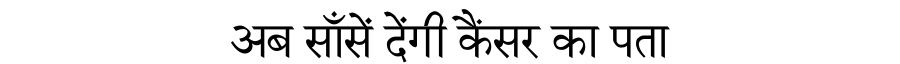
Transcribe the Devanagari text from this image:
अब साँसें देंगी कैंसर का पता